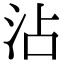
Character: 沾